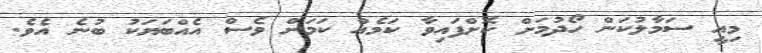
މިއީ ސަމާލުކަން ހޯދުމަށް ކޮށްފައިވާ ކަމެއް ކަމަށް ވެސް އެއްބަޔަކު ބުނެ އެވެ.